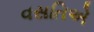
વસતિએ